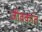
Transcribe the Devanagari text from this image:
जीवकांत